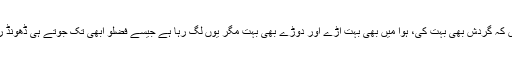
افسوس کہ گردش بھی بہت کی، ہوا میں بھی بہت اڑے اور دوڑے بھی بہت مگر یوں لگ رہا ہے جیسے فضلُو ابھی تک جوتے ہی ڈھونڈ رہا ہو۔